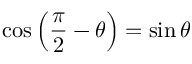
\cos \left( { \frac { \pi } { 2 } } - \theta \right) = \sin \theta